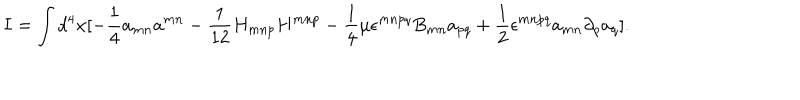
I = \int d ^ { 4 } x [ - \frac { 1 } { 4 } a _ { m n } a ^ { m n } - \frac { 1 } { 1 2 } H _ { m n p } H ^ { m n p } - \frac { 1 } { 4 } \mu \epsilon ^ { m n p q } B _ { m n } a _ { p q } + \frac { 1 } { 2 } \epsilon ^ { m n p q } a _ { m n } \partial _ { p } a _ { q } ] .